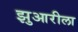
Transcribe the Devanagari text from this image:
झुआरीला